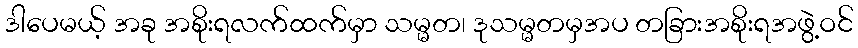
ဒါပေမယ့် အခု အစိုးရလက်ထက်မှာ သမ္မတ၊ ဒုသမ္မတမှအပ တခြားအစိုးရအဖွဲ့ဝင်